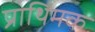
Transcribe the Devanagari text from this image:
प्राथिमक